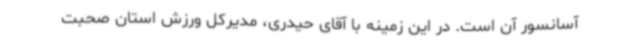
آسانسور آن است. در این زمینه با آقای حیدری، مدیرکل ورزش استان صحبت